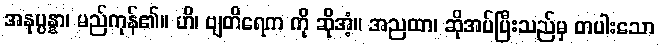
အနုပ္ပန္နာ၊ မည်ကုန်၏။ ဟိ၊ ဗျတိရေက ကို ဆိုအံ့။ အညထာ၊ ဆိုအပ်ပြီးသည်မှ တပါးသော